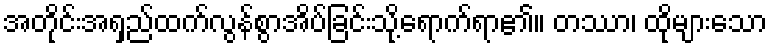
အတိုင်းအရှည်ထက်လွန်စွာအိပ်ခြင်းသို့ရောက်ရာ၏။ တဿာ၊ ထိုများသော